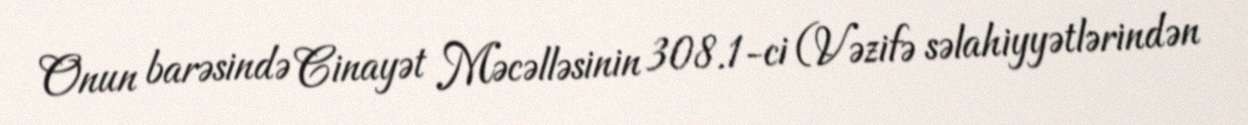
Onun barəsində Cinayət Məcəlləsinin 308.1-ci (Vəzifə səlahiyyətlərindən